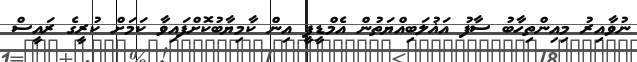
ނުވާއިރު މިއިންތިހާބު ސާފު އަޣުލަބިއްޔަތުން އެމްޑީޕީ އިން ކާމިޔާބުކޮށްފައިވާ ކަމަށް ކުރީގެ ރައީސް